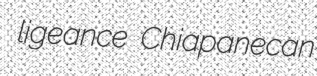
ligeance Chiapanecan